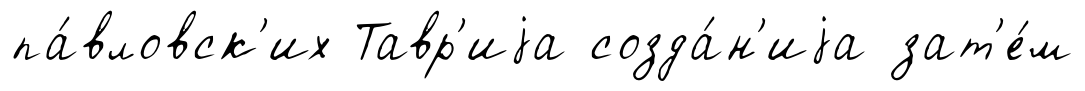
па́вловск'их Тавр'иjа созда́н'иjа зат'е́м